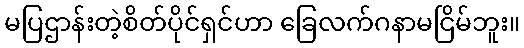
မပြဌာန်းတဲ့စိတ်ပိုင်ရှင်ဟာ ခြေလက်ဂနာမငြိမ်ဘူး။